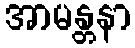
အာမန္တနာ